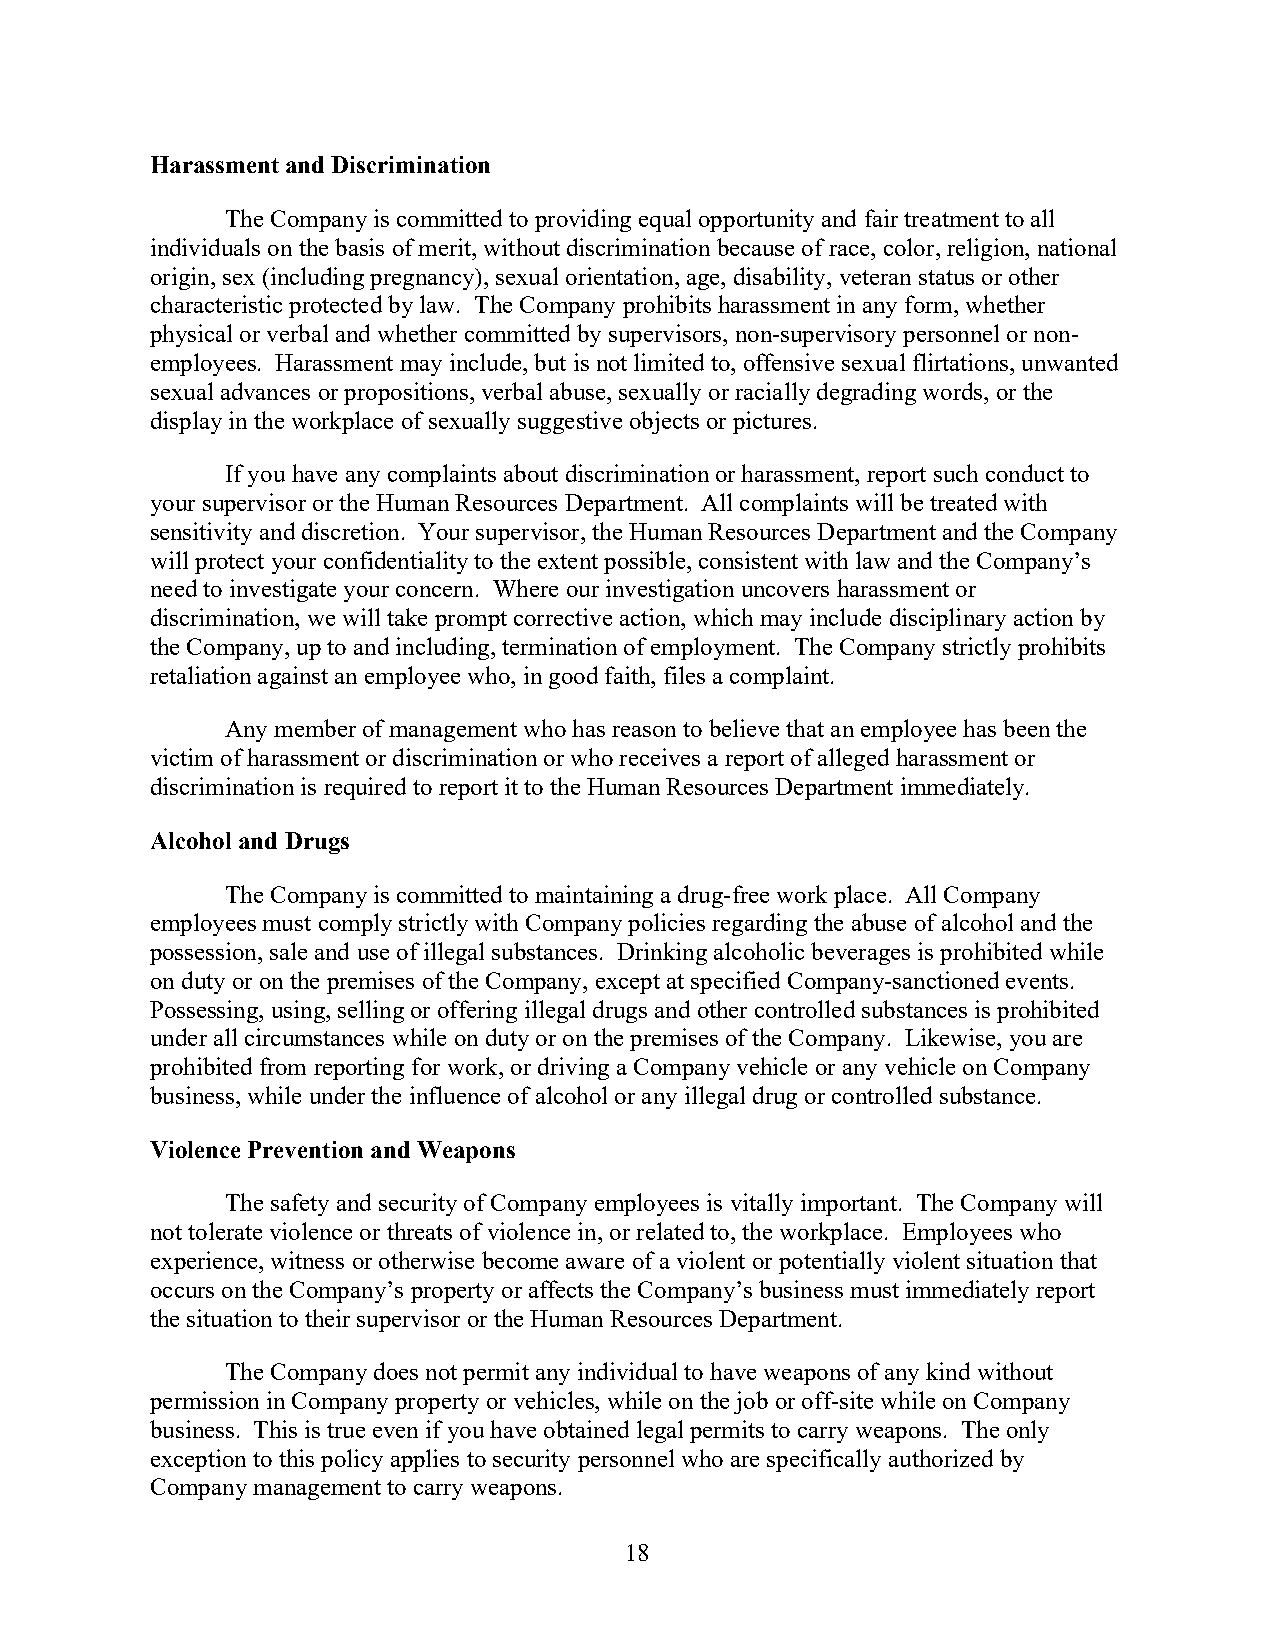
Harassment and Discrimination
 The Company is committed to providing equal opportunity and fair treatment to all
 individuals on the basis of merit, without discrimination because of race, color, religion, national
 origin, sex (including pregnancy), sexual orientation, age, disability, veteran status or other
 characteristic protected by law. The Company prohibits harassment in any form, whether
 physical or verbal and whether committed by supervisors, non-supervisory personnel or non-
 employees. Harassment may include, but is not limited to, offensive sexual flirtations, unwanted
 sexual advances or propositions, verbal abuse, sexually or racially degrading words, or the
 display in the workplace of sexually suggestive objects or pictures.
 If you have any complaints about discrimination or harassment, report such conduct to
 your supervisor or the Human Resources Department. All complaints will be treated with
 sensitivity and discretion. Your supervisor, the Human Resources Department and the Company
 will protect your confidentiality to the extent possible, consistent with law and the Company’s
 need to investigate your concern. Where our investigation uncovers harassment or
 discrimination, we will take prompt corrective action, which may include disciplinary action by
 the Company, up to and including, termination of employment. The Company strictly prohibits
 retaliation against an employee who, in good faith, files a complaint.
 Any member of management who has reason to believe that an employee has been the
 victim of harassment or discrimination or who receives a report of alleged harassment or
 discrimination is required to report it to the Human Resources Department immediately.
 Alcohol and Drugs
 The Company is committed to maintaining a drug-free work place. All Company
 employees must comply strictly with Company policies regarding the abuse of alcohol and the
 possession, sale and use of illegal substances. Drinking alcoholic beverages is prohibited while
 on duty or on the premises of the Company, except at specified Company-sanctioned events.
 Possessing, using, selling or offering illegal drugs and other controlled substances is prohibited
 under all circumstances while on duty or on the premises of the Company. Likewise, you are
 prohibited from reporting for work, or driving a Company vehicle or any vehicle on Company
 business, while under the influence of alcohol or any illegal drug or controlled substance.
 Violence Prevention and Weapons
 The safety and security of Company employees is vitally important. The Company will
 not tolerate violence or threats of violence in, or related to, the workplace. Employees who
 experience, witness or otherwise become aware of a violent or potentially violent situation that
 occurs on the Company’s property or affects the Company’s business must immediately report
 the situation to their supervisor or the Human Resources Department.
 The Company does not permit any individual to have weapons of any kind without
 permission in Company property or vehicles, while on the job or off-site while on Company
 business. This is true even if you have obtained legal permits to carry weapons. The only
 exception to this policy applies to security personnel who are specifically authorized by
 Company management to carry weapons.
 18